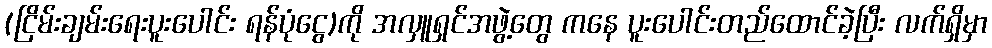
(ငြိမ်းချမ်းရေးပူးပေါင်း ရန်ပုံငွေ)ကို အလှူရှင်အဖွဲ့တွေ ကနေ ပူးပေါင်းတည်ထောင်ခဲ့ပြီး လက်ရှိမှာ